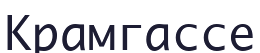
Крамгассе